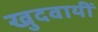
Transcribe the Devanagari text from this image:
खुदवायीं